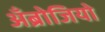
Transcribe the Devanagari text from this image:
अँब्रोजियो